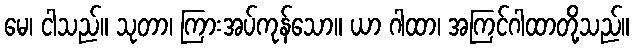
မေ၊ ငါသည်။ သုတာ၊ ကြားအပ်ကုန်သော။ ယာ ဂါထာ၊ အကြင်ဂါထာတို့သည်။